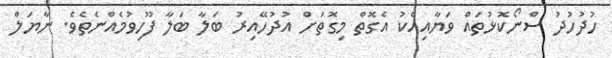
ހުދުހުދު ސްނޯކޮޅުތައް ވަޔާއިއެކު އެގޮތް މިގޮތަށް އުދުހޭއިރު ބަލާ ބަލާ ފޫހިވުމެއްނެތެވެ. ނާޔަލް